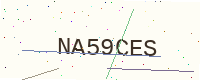
Text: NA59CES